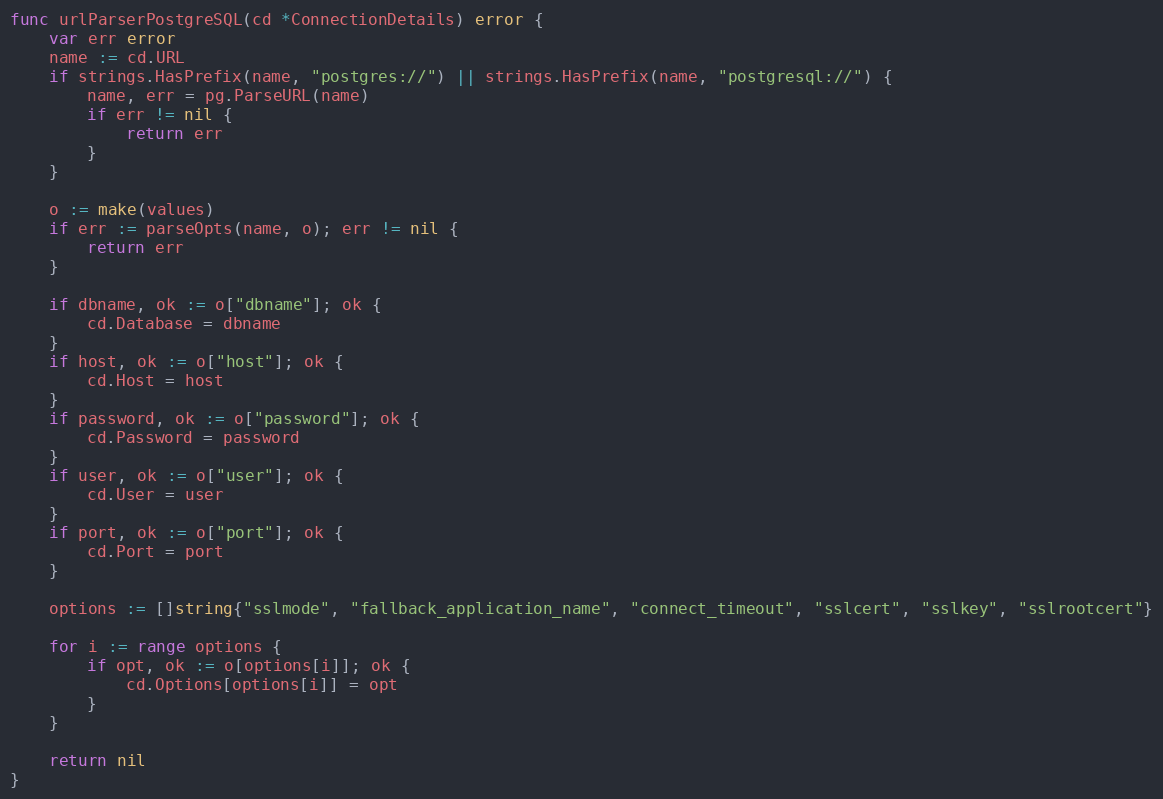
Language: Go
func urlParserPostgreSQL(cd *ConnectionDetails) error {
	var err error
	name := cd.URL
	if strings.HasPrefix(name, "postgres://") || strings.HasPrefix(name, "postgresql://") {
		name, err = pg.ParseURL(name)
		if err != nil {
			return err
		}
	}

	o := make(values)
	if err := parseOpts(name, o); err != nil {
		return err
	}

	if dbname, ok := o["dbname"]; ok {
		cd.Database = dbname
	}
	if host, ok := o["host"]; ok {
		cd.Host = host
	}
	if password, ok := o["password"]; ok {
		cd.Password = password
	}
	if user, ok := o["user"]; ok {
		cd.User = user
	}
	if port, ok := o["port"]; ok {
		cd.Port = port
	}

	options := []string{"sslmode", "fallback_application_name", "connect_timeout", "sslcert", "sslkey", "sslrootcert"}

	for i := range options {
		if opt, ok := o[options[i]]; ok {
			cd.Options[options[i]] = opt
		}
	}

	return nil
}